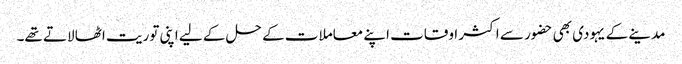
مدینے کے یہودی بھی حضور سے اکثر اوقات اپنے معاملات کے حل کے لیے اپنی توریت اٹھا لاتے تھے۔